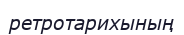
ретротарихының